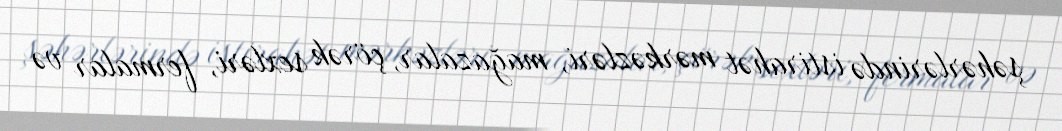
şəhərlərində istirahət mərkəzləri, mağazalar, çörək sexləri, fermalar və